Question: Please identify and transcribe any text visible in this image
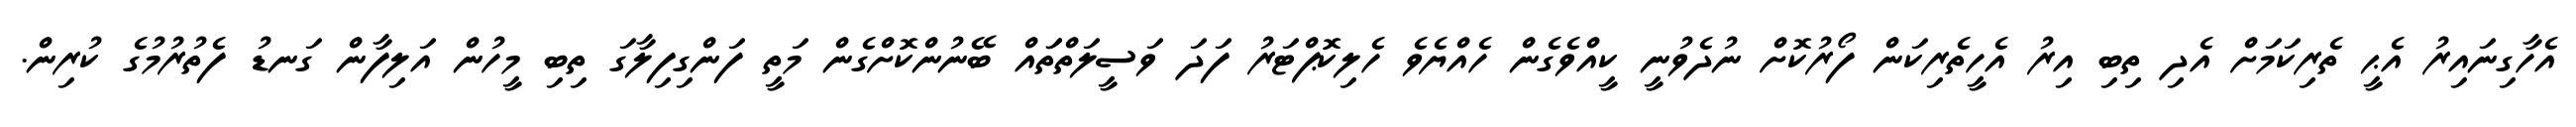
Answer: އެހާގިނައިރު އެޙީ ތެރިކަމަށް އެދި ތިބި އިރު އެހީތެރިކަން ފޯރުކޮށް ނުދެވުނީ ކީއްވެގެން ހެއްޔެވެ ހެލިކޮޕްޓަރު ފަދަ ވަސީލަތްތަައް ބޭނުންކޮށްގެން މަތީ ފަންގިފިލާގަ ތިބި މީހުން އަލިފާން ގަނޑު ފެތުރުމުގެ ކުރިން.